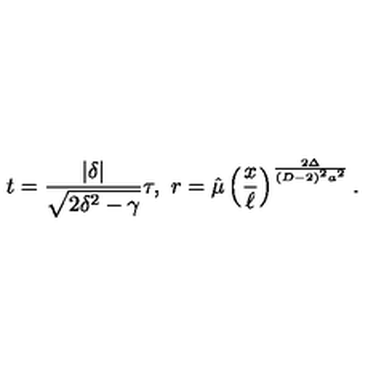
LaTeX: t = { \frac { | \delta | } { \sqrt { 2 \delta ^ { 2 } - \gamma } } } \tau , \ r = \hat { \mu } \left( { \frac { x } { \ell } } \right) ^ { \frac { 2 \Delta } { ( D - 2 ) ^ { 2 } a ^ { 2 } } } .